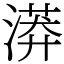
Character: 漭